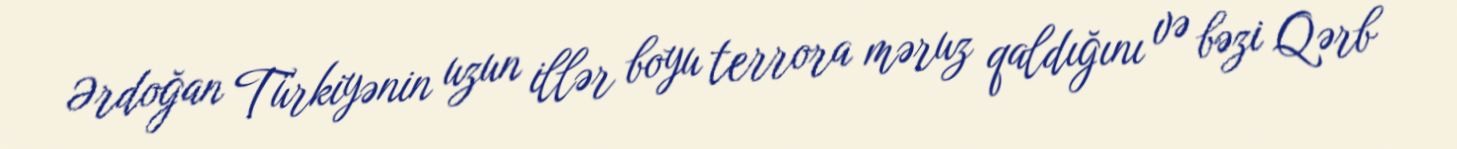
Ərdoğan Türkiyənin uzun illər boyu terrora məruz qaldığını və bəzi Qərb